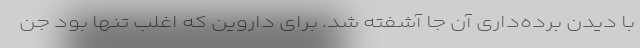
با دیدن برده‌داری آن جا آشفته شد. برای داروین که اغلب تنها بود جن